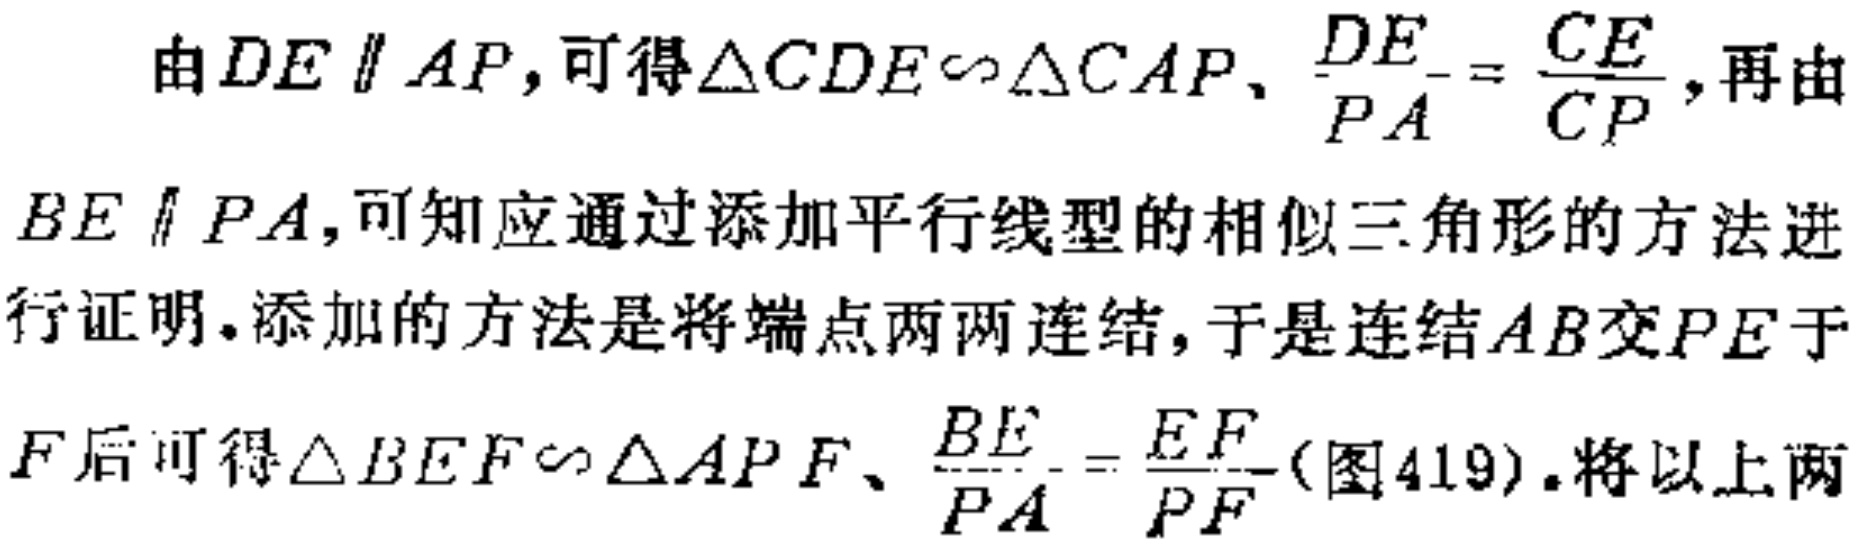
由$DE \parallel AP$, 可得$\triangle CDE \sim \triangle CAP$、$\frac{DE}{PA} = \frac{CE}{CP}$, 再由$BE \parallel PA$, 可知应通过添加平行线型的相似三角形的方法进行证明. 添加的方法是将端点两两连结, 于是连结$AB$交$PE$于$F$后可得$\triangle BEF \sim \triangle APF$、$\frac{BE}{PA} = \frac{EF}{PF}$(图419).